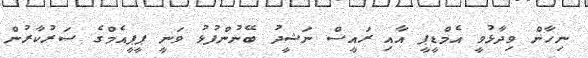
ނިހާން ވިދާޅުވީ އެމްޑީޕީ އާއި ރައީސް ނަޝީދު ބޭނުންފުޅު ވަނީ ޕީޕީއެމްގެ ސަރުކާރުން